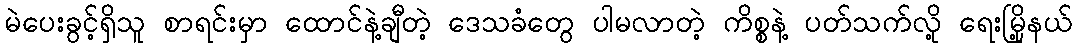
မဲပေးခွင့်ရှိသူ စာရင်းမှာ ထောင်နဲ့ချီတဲ့ ဒေသခံတွေ ပါမလာတဲ့ ကိစ္စနဲ့ ပတ်သက်လို့ ရေးမြို့နယ်